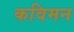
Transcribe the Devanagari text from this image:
कविमन